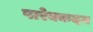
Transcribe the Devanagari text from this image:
पारेक्कदन